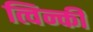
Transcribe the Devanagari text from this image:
त्विन्की